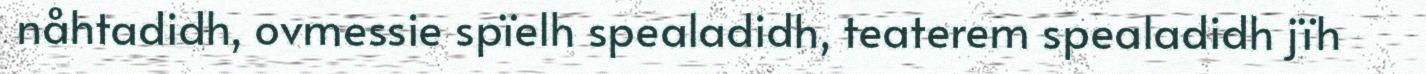
nåhtadidh, ovmessie spïelh spealadidh, teaterem spealadidh jïh